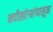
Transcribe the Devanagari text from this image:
नदीखोर्‍यांपासून